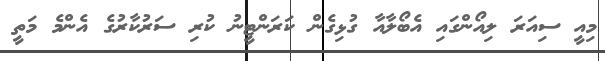
މިއީ ސިއަރަ ލިއޯންގައި އެބޯލާއާ ގުޅިގެން ކަރަންޓީނު ކުރި ސަރުކާރުގެ އެންމެ މަތީ